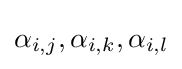
\alpha _{i,j},\alpha _{i,k},\alpha _{i,l}